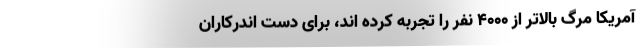
آمریکا مرگ بالاتر از ۴۰۰۰ نفر را تجربه کرده اند، برای دست اندرکاران